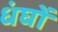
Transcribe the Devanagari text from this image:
धंघों